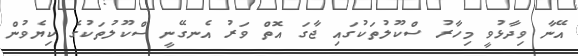
އޭނާ ވިދާޅުވީ މިހާރު ސްކޫލުތަކުގައި ޖާގަ އޮތް ވަރު އެނގޭނީ ސްކޫލުތަކުގެ ކިޔެވުން